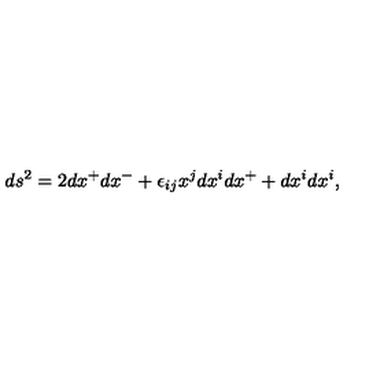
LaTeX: d s ^ { 2 } = 2 d x ^ { + } d x ^ { - } + \epsilon _ { i j } x ^ { j } d x ^ { i } d x ^ { + } + d x ^ { i } d x ^ { i } ,